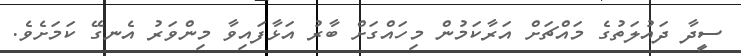
ސީދާ ދައުލަތުގެ މައްޗަށް އަރާކަމުން މިހައްގަށް ބާރު އަޅާފައިވާ މިންވަރު އެނގޭ ކަމަށެވެ.